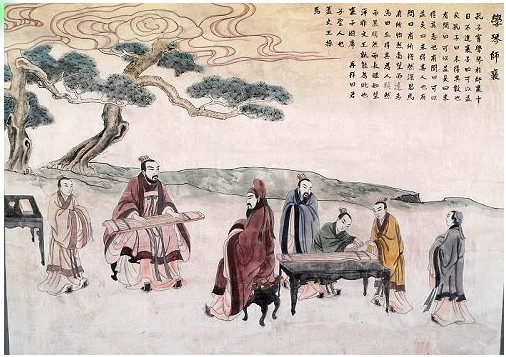
君子周而不比，小人比而不周。